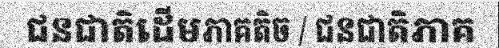
ជនជាតិដើមភាគតិច / ជនជាតិភាគ